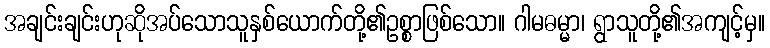
အချင်းချင်းဟုဆိုအပ်သောသူနှစ်ယောက်တို့၏ဥစ္စာဖြစ်သော။ ဂါမဓမ္မာ၊ ရွာသူတို့၏အကျင့်မှ။